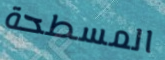
المسطحة